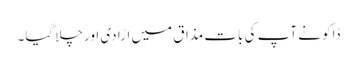
ڈاکو نے آپ کی بات مذاق میں اڑا دی اور چلا گیا۔